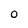
Character: 0